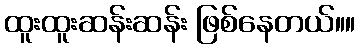
ထူးထူးဆန်းဆန်း ဖြစ်နေတယ်။။